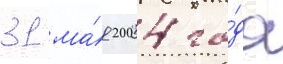
31 ма́я 2004 го́да